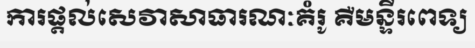
ការផ្តល់សេវាសាធារណៈគំរូ គឺមន្ទីរពេទ្យ